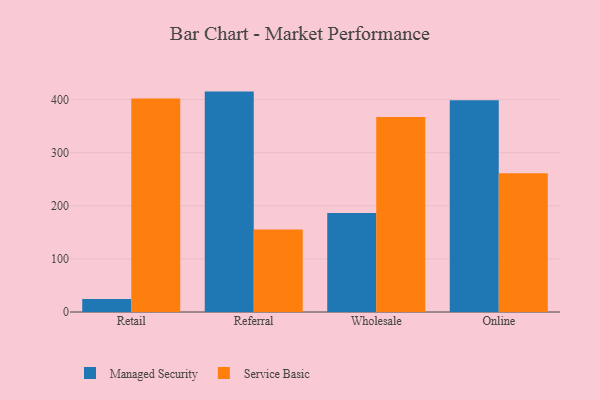
{"axis": {"x": "Channel", "y": "Active Users"}, "legend": ["Managed Security", "Service Basic"], "data": [{"x": "Retail", "y": 24.3, "type": "Managed Security"}, {"x": "Retail", "y": 401.9, "type": "Service Basic"}, {"x": "Referral", "y": 415.1, "type": "Managed Security"}, {"x": "Referral", "y": 155.3, "type": "Service Basic"}, {"x": "Wholesale", "y": 186.5, "type": "Managed Security"}, {"x": "Wholesale", "y": 367.2, "type": "Service Basic"}, {"x": "Online", "y": 398.8, "type": "Managed Security"}, {"x": "Online", "y": 261.4, "type": "Service Basic"}]}